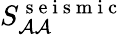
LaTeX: S_{\mathcal{A}\mathcal{A}}^{\mathrm{{~s~e~i~s~m~i~c~}}}